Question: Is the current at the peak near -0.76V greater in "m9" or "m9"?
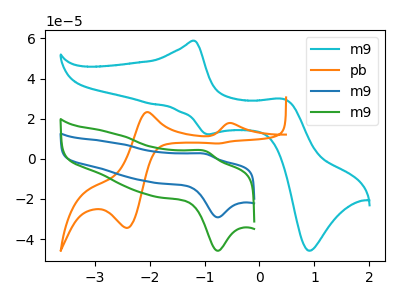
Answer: <think>The cyan curve "m9" has anodic peaks at (-1.20V, 58.80uA) (0.45V, 29.60uA) and cathodic peaks at (-0.95V, 12.25uA) (0.90V, -45.80uA). The orange curve "pb" has anodic peaks at (-0.50V, 17.75uA) (-2.05V, 23.25uA) and cathodic peaks at (-2.40V, -34.50uA) (-0.75V, 7.60uA). The blue curve "m9" has an anodic peak at (-1.00V, 2.45uA) and a cathodic peak at (-0.75V, -29.20uA). The green curve "m9" has an anodic peak at (-1.00V, 3.85uA) and a cathodic peak at (-0.75V, -45.85uA).</think>
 <answer>The peak at -0.76V is lower in "m9" than in "m9".</answer>
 <eval>lower</eval>